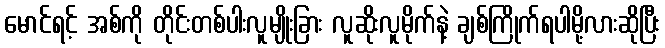
မောင်ရင့် အစ်ကို တိုင်းတစ်ပါးလူမျိုးခြား လူဆိုးလူမိုက်နဲ့ ချစ်ကြိုက်ရပါမို့လားဆိုပြီး